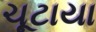
ચૂટાયા